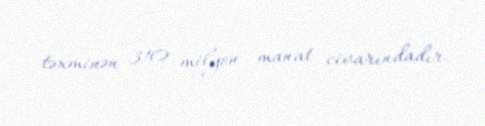
təxminən 310 milyon manat civarındadır.